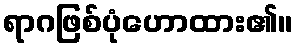
ရာဂဖြစ်ပုံဟောထား၏။